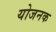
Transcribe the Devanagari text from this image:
योजनक